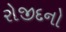
રોજીદનો